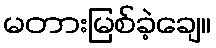
မတားမြစ်ခဲ့ချေ။